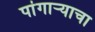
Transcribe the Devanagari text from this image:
पांगाऱ्याचा